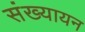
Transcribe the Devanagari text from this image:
संख्यायन